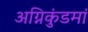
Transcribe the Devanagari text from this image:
अग्निकुंडमां